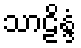
သာဠိန္ဒံ